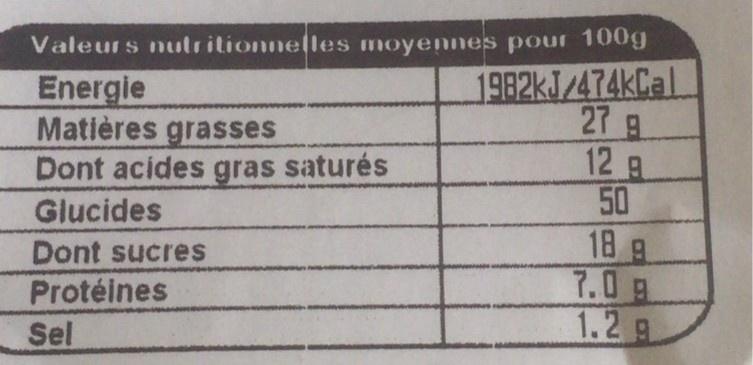
Valeurs nutritionnelles moyennes pour 100g 1982KJ/474kCal 27 12 g 50 18 g 7.0g 1.2 g
Energie Matières grasses Dont acides gras saturés Glucides
Dont sucres
Protéines
Sel